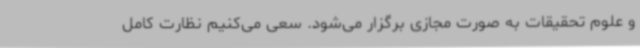
و علوم تحقیقات به صورت مجازی برگزار می‌شود. سعی می‌کنیم نظارت کامل